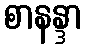
စာနန္ဒာ